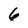
Character: 6